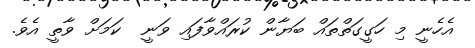
އެހެނީ މި ހަގީގަތްތައް ބަޔާން ކުރައްވާފައި ވަނީ  ކަމަށް ވާތީ އެވެ.